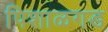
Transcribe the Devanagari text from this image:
पिशाळगड